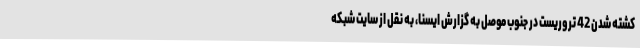
کشته شدن 42 تروریست در جنوب موصل به گزارش ایسنا، به نقل از سایت شبکه